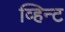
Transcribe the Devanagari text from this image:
व्हिन्ट